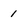
Character: 1